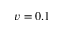
v = 0 . 1